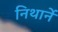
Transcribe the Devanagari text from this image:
निथार्ने